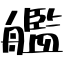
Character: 艦